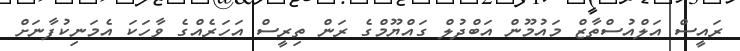
ރައީސް އަލްއުސްތާޒް މައުމޫން އަބްދުލް ގައްޔޫމްގެ ރަން ތިރީސް އަހަރެއްގެ ވާހަކަ އެމަނިކުފާނަށް